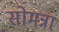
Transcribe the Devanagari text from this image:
सोमन्ना